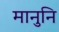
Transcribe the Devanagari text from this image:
मानुनि